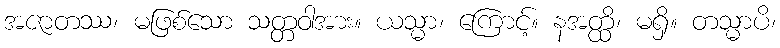
အဇာတဿ၊ မဖြစ်သော သတ္တဝါအား။ ယသ္မာ၊ ကြောင့်။ နအတ္ထိ၊ မရှိ။ တသ္မာပိ၊